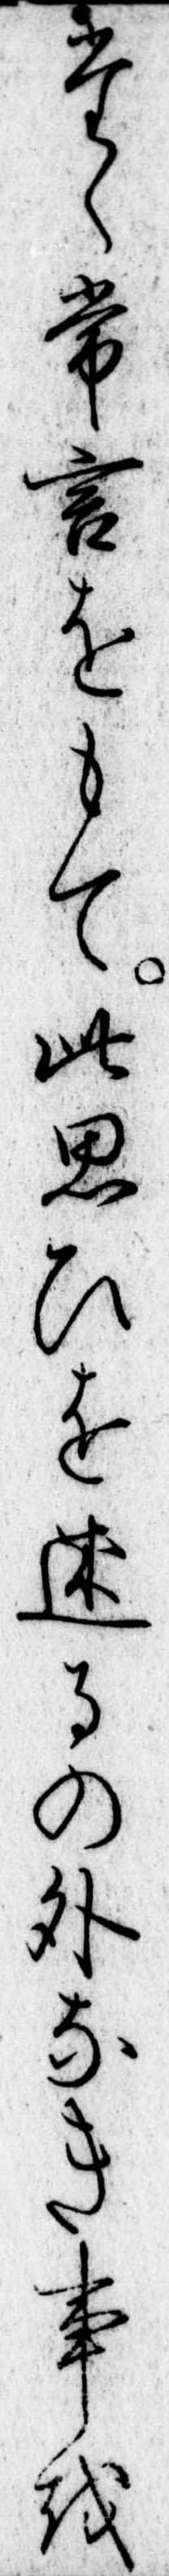
たゝ常言をもて此思ひを述るの外なき事を